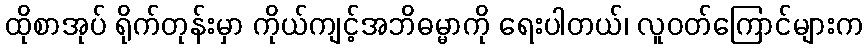
ထိုစာအုပ် ရိုက်တုန်းမှာ ကိုယ်ကျင့်အဘိဓမ္မာကို ရေးပါတယ်၊ လူဝတ်ကြောင်များက